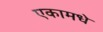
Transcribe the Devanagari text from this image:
एकामधे